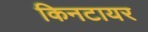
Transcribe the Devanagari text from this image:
किनटायर